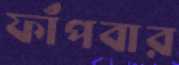
ফাঁপবার